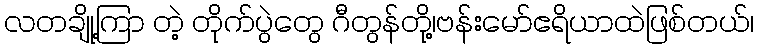
လတချို့ကြာ တဲ့ တိုက်ပွဲတွေ ဂီတွန်တို့၊ဗန်းမော်ဧရိယာထဲဖြစ်တယ်၊